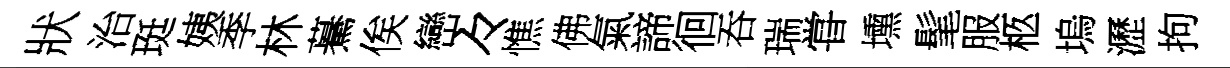
狀治珽姨季林驀俟巒々憔佛氣諦徊吞瑞甞壎髦服柩塢瀝拘